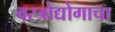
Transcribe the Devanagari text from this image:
वस्त्रोद्योगाचा